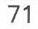
71